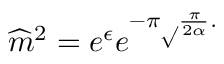
\widehat { m } ^ { 2 } = e ^ { \epsilon } e ^ { - \pi \surd \frac { \pi } { 2 \alpha } . }